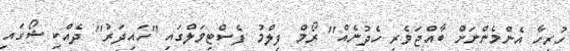
ހުރިހާ އެންމެންނަށް ބާއްޖަވެރި ހެދުނެއް'' ރޯމް ފިލްމު ފެސްޓިވަލްގައި ''ހައިދަރު'' ދެއްކި ޝޯގައި